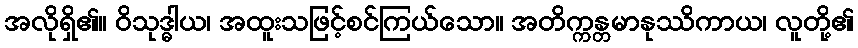
အလိုရှိ၏။ ဝိသုဒ္ဓါယ၊ အထူးသဖြင့်စင်ကြယ်သော။ အတိက္ကန္တမာနုဿိကာယ၊ လူတို့၏